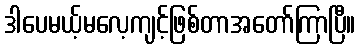
ဒါပေမယ့်မလေ့ကျင့်ဖြစ်တာအတော်ကြာပြီ။